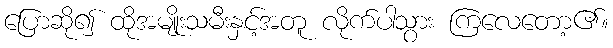
ပြောဆို၍ ထိုအမျိုးသမီးနှင့်အတူ လိုက်ပါသွား ကြလေတော့၏။